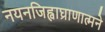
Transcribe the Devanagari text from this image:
नयनजिह्वाघ्राणात्मने